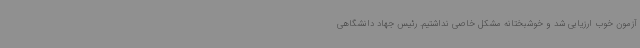
آزمون خوب ارزیابی شد و خوشبختانه مشکل خاصی نداشتیم. رئیس جهاد دانشگاهی